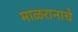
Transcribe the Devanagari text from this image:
माळरानाचे